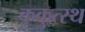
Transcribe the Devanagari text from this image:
कुकुत्स्थ